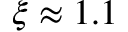
\xi \approx 1 . 1